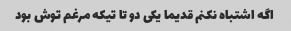
اگه اشتباه نکنم قدیما یکی دو تا تیکه مرغم توش بود